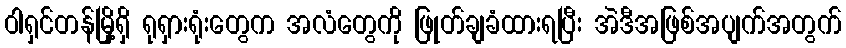
ဝါရှင်တန်မြို့ရှိ ရုရှားရုံးတွေက အလံတွေကို ဖြုတ်ချခံထားရပြီး အဲဒီအဖြစ်အပျက်အတွက်